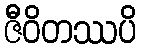
ဇီဝိတဿပိ